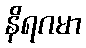
နိရဂမာ